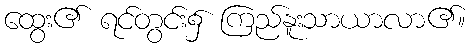
ထွေး၏ ရင်တွင်း၌ ကြည်နူးသာယာလာ၏။